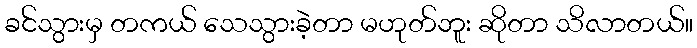
ခင်သွားမှ တကယ် သေသွားခဲ့တာ မဟုတ်ဘူး ဆိုတာ သိလာတယ်။